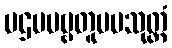
ပဌမပဗ္ဗတူပမသုတ္တံ